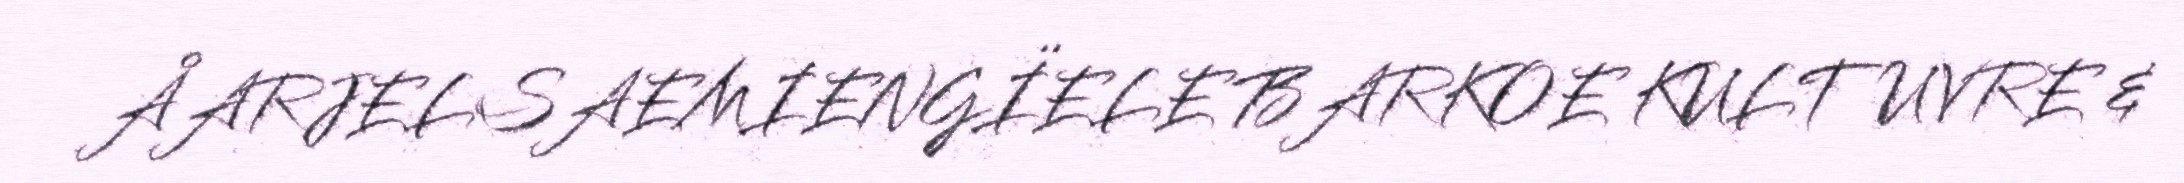
ÅARJELSAEMIENGÏELE BARKOE KULTUVRE &